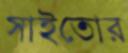
সাইতোর